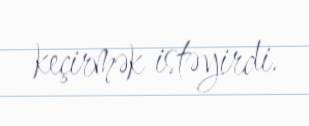
keçirmək istəyirdi.